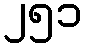
၂၅၁